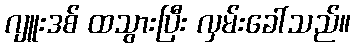
ဂျူးဒစ် ထသွားပြီး လှမ်းခေါ်သည်။